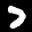
Label: 7